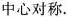
中心对称.